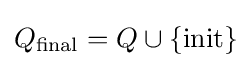
Q_{\text{final}}=Q\cup \{{\text{init}}\}